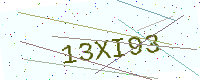
Text: 13XI93